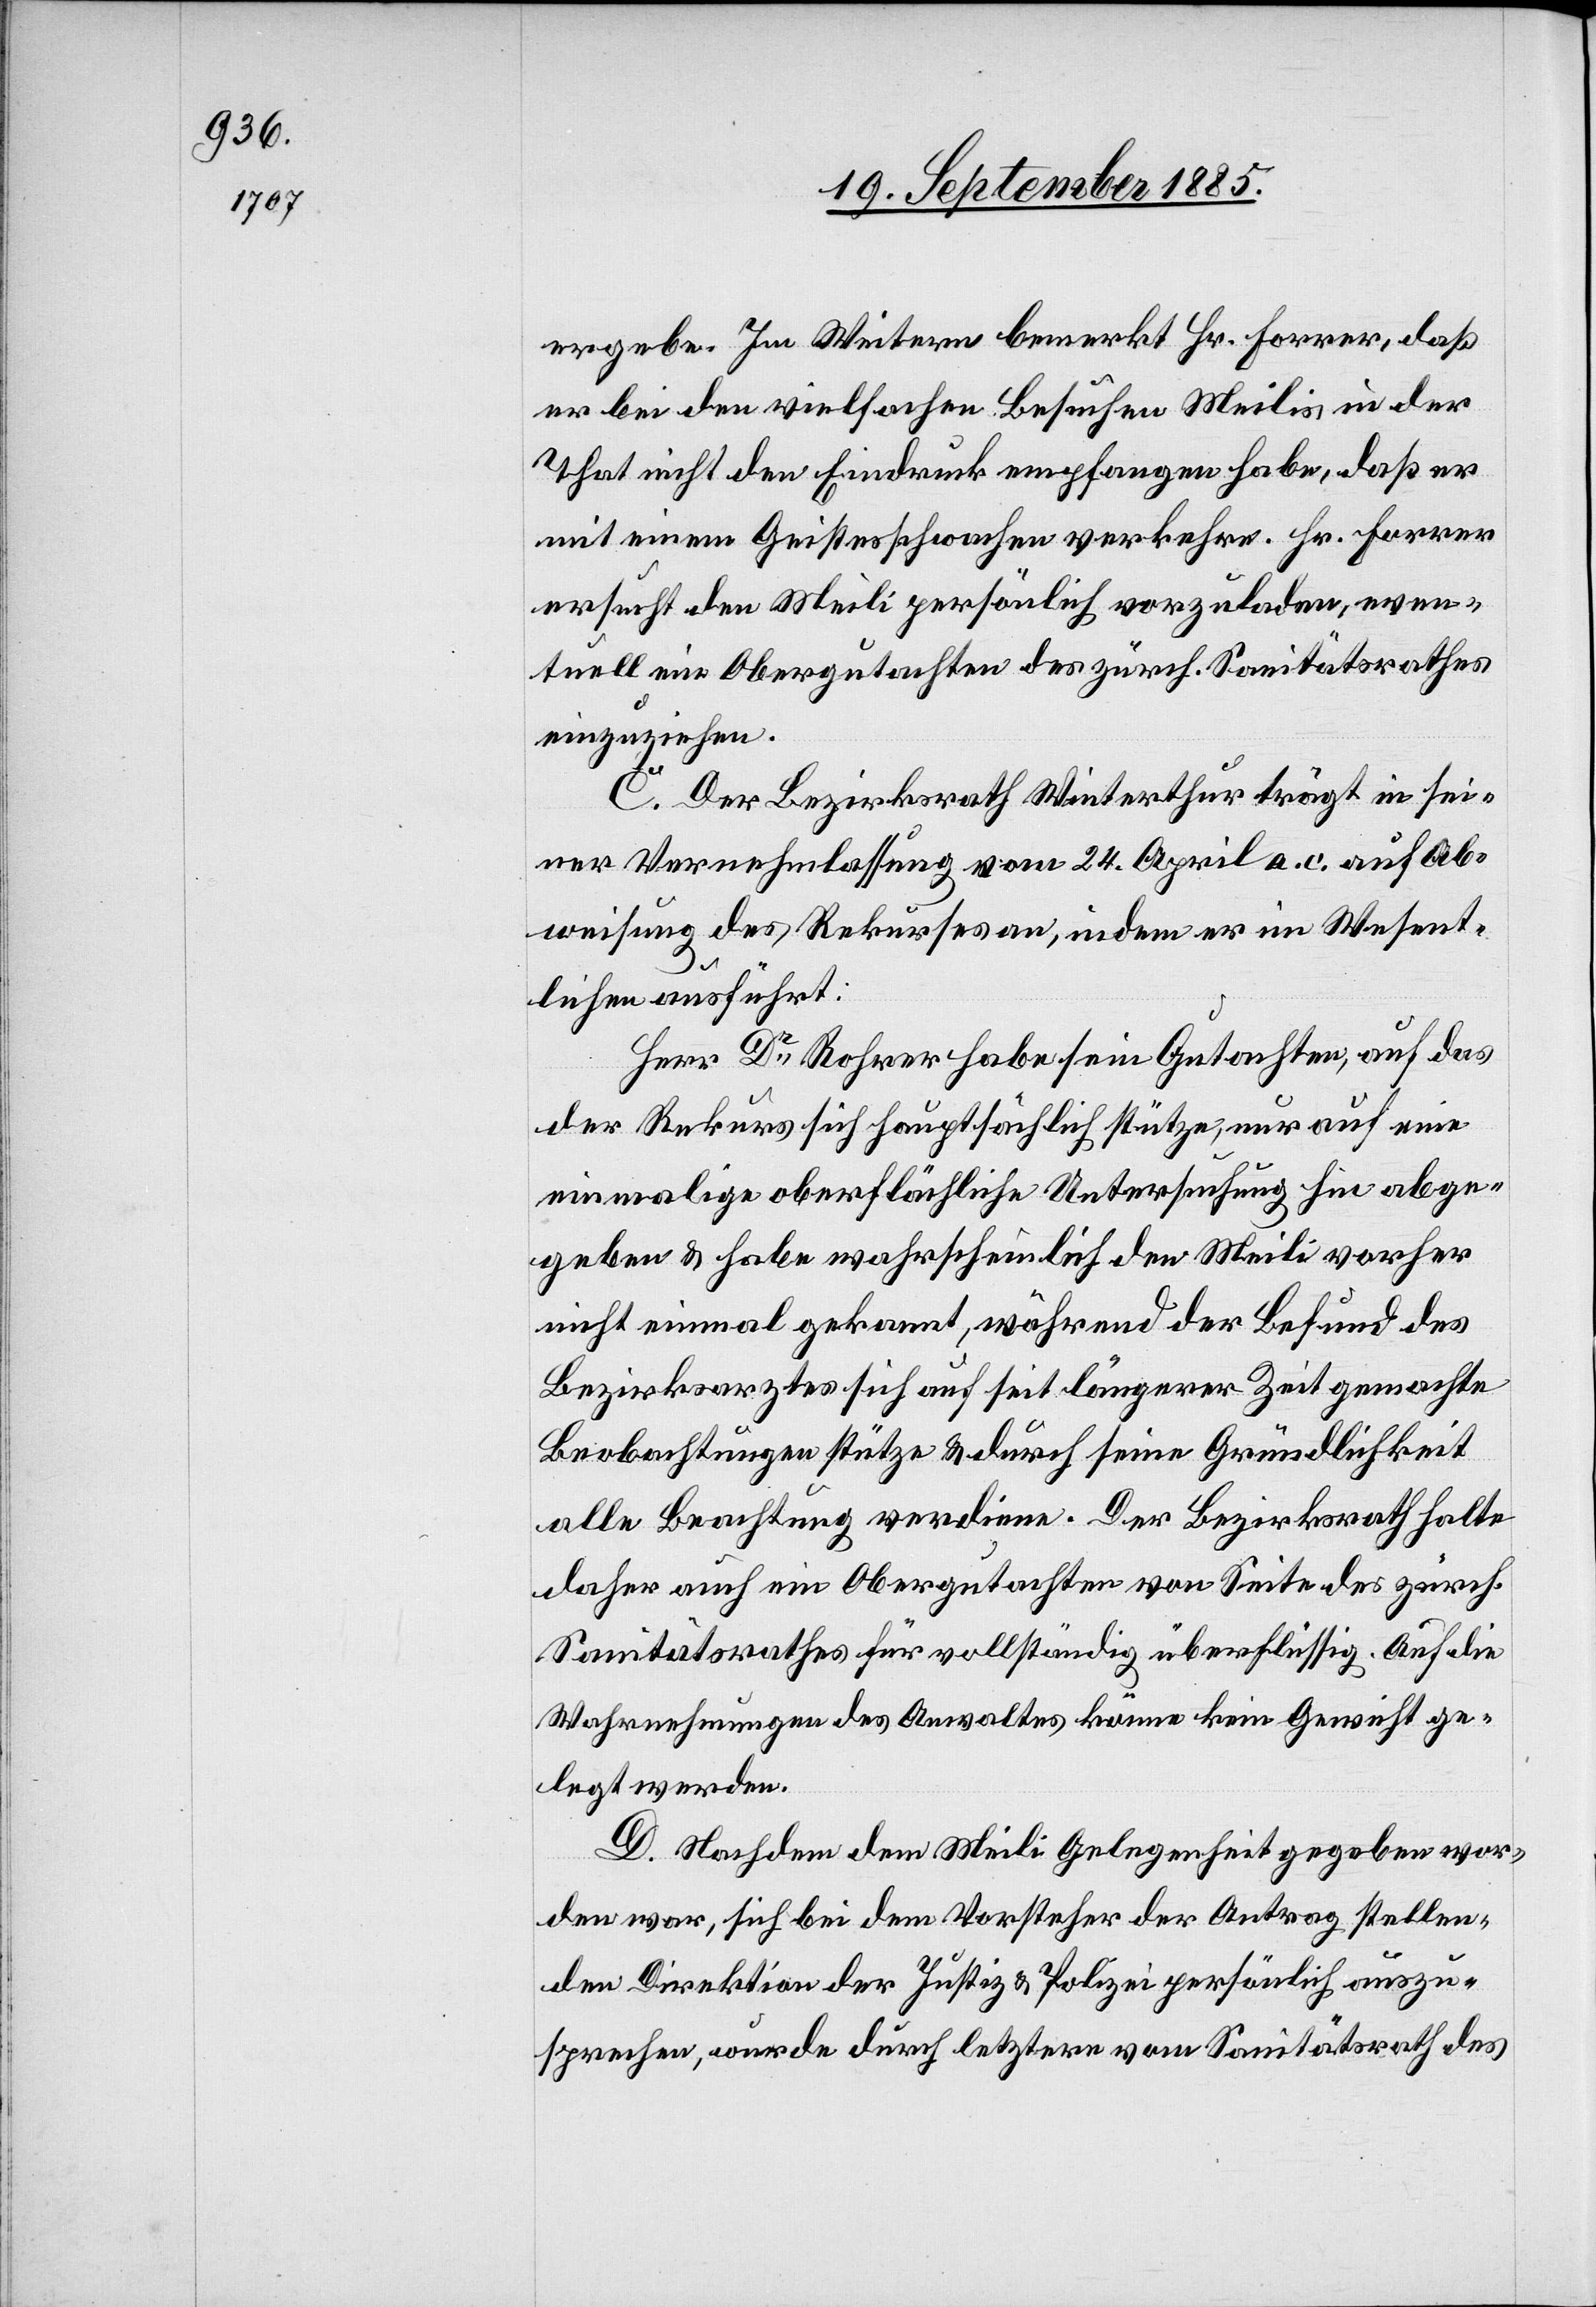
ergebe. Im Weitern bemerkt Hr. Forrer, daß
er bei den vielfachen Besuchen Meilis in der
That nicht den Eindruck empfangen habe, daß er
mit einem Geistesschwachen verkehre. Hr. Forrer
ersucht den Meili persönlich vorzuladen; even¬
tuell ein Obergutachten des zürch. Sanitätsrathes
einzuziehen.
C. Der Bezirksrath Winterthur trägt in sei¬
ner Vernehmlassung vom 24. April a. c. auf Ab¬
weisung des Rekurses an, indem er im Wesent¬
lichen anführt:
Herr Dr Rohrer habe sein Gutachten, auf das
der Rekurs sich hauptsächlich stütze, nur auf eine
einmalige oberflächliche Untersuchung hin abge¬
geben & habe wahrscheinlich den Meili vorher
nicht einmal gekannt, während der Befund des
Bezirksarztes sich auf seit längerer Zeit gemachte
Beobachtungen stütze & durch seine Gründlichkeit
alle Beachtung verdiene. Der Bezirksrath halte
daher auch ein Obergutachten von Seite des zürch.
Sanitätsrathes für vollständig überflüssig. Auf die
Wahrnehmungen des Anwaltes könne kein Gewicht ge¬
legt werden.
D. Nachdem dem Meili Gelegenheit gegeben wor¬
den war, sich bei dem Vorsteher der Antrag stellen¬
den Direktion der Justiz & Polizei persönlich auszu¬
sprechen, wurde durch letztere vom Sanitätsrath des